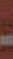
-